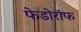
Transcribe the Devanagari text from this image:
फेडोरॉफ